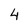
Character: 4